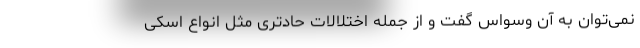
نمی‌توان به آن وسواس گفت و از جمله اختلالات حادتری مثل انواع اسکی